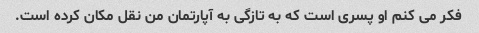
فکر می کنم او پسری است که به تازگی به آپارتمان من نقل مکان کرده است.